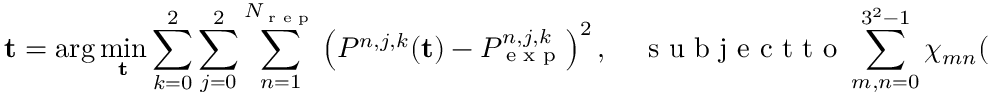
{ \mathbf t } = \arg \operatorname* { m i n } _ { { \mathbf t } } \sum _ { k = 0 } ^ { 2 } \sum _ { j = 0 } ^ { 2 } \sum _ { n = 1 } ^ { N _ { \textrm { r e p } } } \left( P ^ { n , j , k } ( { \mathbf t } ) - P _ { \textrm { e x p } } ^ { n , j , k } \right) ^ { 2 } , \quad \textrm { s u b j e c t t o } \sum _ { m , n = 0 } ^ { 3 ^ { 2 } - 1 } \chi _ { m n } ( { \mathbf t } ) B _ { m } ^ { \dagger } B _ { n } = I ,